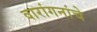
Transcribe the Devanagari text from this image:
वारांगनांचे